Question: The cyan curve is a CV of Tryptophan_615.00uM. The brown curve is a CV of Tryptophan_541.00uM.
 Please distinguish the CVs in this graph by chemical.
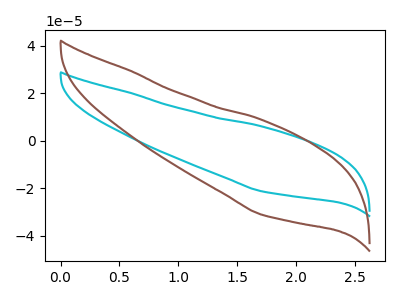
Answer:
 <answer>The cyan curve is labeled "Tryptophan_615.00uM". The brown curve is labeled "Tryptophan_541.00uM".</answer>
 <eval></eval>